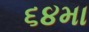
૬૪મા